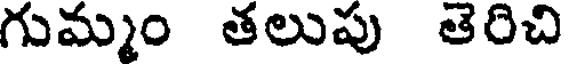
గుమ్మం తలుపు తెరిచి